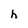
Character: h